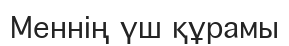
Меннің үш құрамы